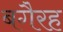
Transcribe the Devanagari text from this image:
बगैरह